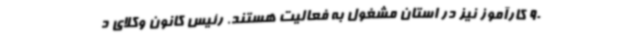
90 کارآموز نیز در استان مشغول به فعالیت هستند. رئیس کانون وکلای د